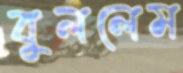
বুললেম